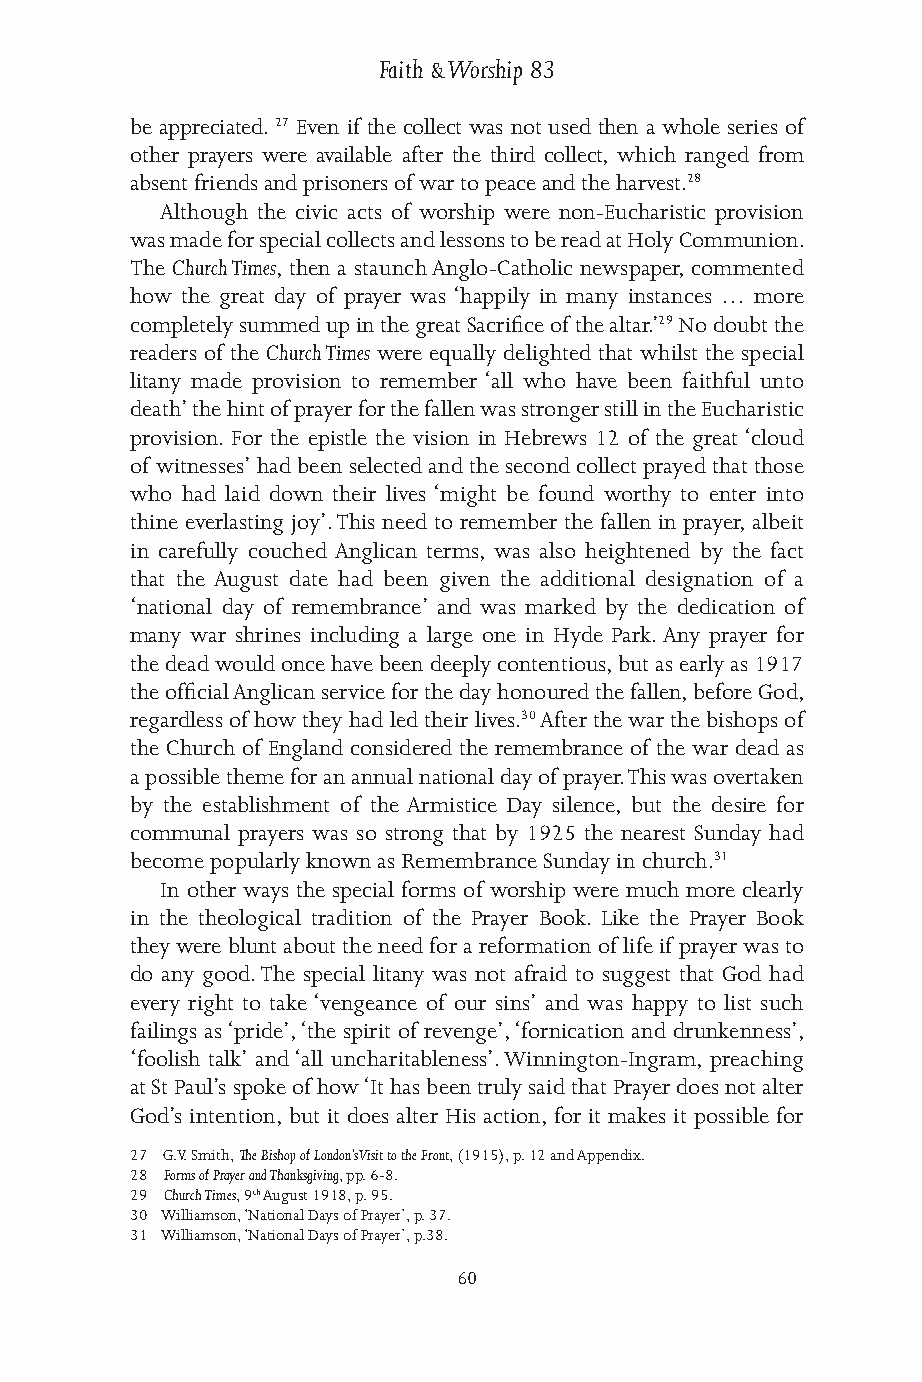
Faith & Worship 83
 be appreciated. 27 Even if the collect was not used then a whole series of
 other prayers were available after the third collect, which ranged from
 absent friends and prisoners of war to peace and the harvest.28
 Although the civic acts of worship were non-Eucharistic provision
 was made for special collects and lessons to be read at Holy Communion.
 The Church Times, then a staunch Anglo-Catholic newspaper, commented
 how the great day of prayer was ‘happily in many instances … more
 completely summed up in the great Sacrifice of the altar.’29 No doubt the
 readers of the Church Times were equally delighted that whilst the special
 litany made provision to remember ‘all who have been faithful unto
 death’ the hint of prayer for the fallen was stronger still in the Eucharistic
 provision. For the epistle the vision in Hebrews 12 of the great ‘cloud
 of witnesses’ had been selected and the second collect prayed that those
 who had laid down their lives ‘might be found worthy to enter into
 thine everlasting joy’. This need to remember the fallen in prayer, albeit
 in carefully couched Anglican terms, was also heightened by the fact
 that the August date had been given the additional designation of a
 ‘national day of remembrance’ and was marked by the dedication of
 many war shrines including a large one in Hyde Park. Any prayer for
 the dead would once have been deeply contentious, but as early as 1917
 the official Anglican service for the day honoured the fallen, before God,
 regardless of how they had led their lives.30 After the war the bishops of
 the Church of England considered the remembrance of the war dead as
 a possible theme for an annual national day of prayer. This was overtaken
 by the establishment of the Armistice Day silence, but the desire for
 communal prayers was so strong that by 1925 the nearest Sunday had
 become popularly known as Remembrance Sunday in church.31
 In other ways the special forms of worship were much more clearly
 in the theological tradition of the Prayer Book. Like the Prayer Book
 they were blunt about the need for a reformation of life if prayer was to
 do any good. The special litany was not afraid to suggest that God had
 every right to take ‘vengeance of our sins’ and was happy to list such
 failings as ‘pride’, ‘the spirit of revenge’, ‘fornication and drunkenness’,
 ‘foolish talk’ and ‘all uncharitableness’. Winnington-Ingram, preaching
 at St Paul’s spoke of how ‘It has been truly said that Prayer does not alter
 God’s intention, but it does alter His action, for it makes it possible for
 27 G.V. Smith, The Bishop of London’s Visit to the Front, (1915), p. 12 and Appendix.
 28 Forms of Prayer and Thanksgiving, pp. 6-8.
 29 Church Times, 9th August 1918, p. 95.
 30 Williamson, ‘National Days of Prayer’, p. 37.
 31 Williamson, ‘National Days of Prayer’, p.38.
 60